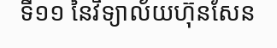
ទី១១ នៃវិទ្យាល័យហ៊ុនសែន